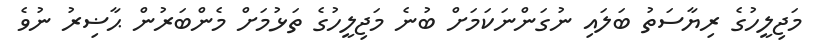
މަޖިލީހުގެ ރިޔާސަތު ބަލައި ނުގަންނަކަމަށް ބުނެ މަޖިލީހުގެ ތަޅުމަށް މެންބަރުން ޙާޟިރު ނުވެ